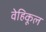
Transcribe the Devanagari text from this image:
वेहिकूल